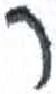
אות: ר